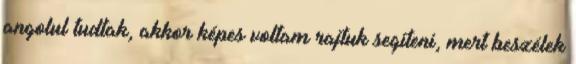
angolul tudtak, akkor képes voltam rajtuk segíteni, mert beszélek